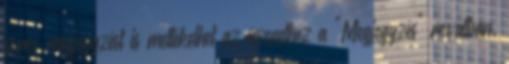
soros megjegyzést is mellékelhet az üzenethez a "Megjegyzés" rovatban.